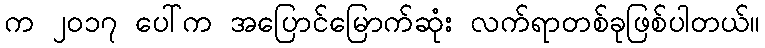
က ၂၀၁၇ ပေါ်က အပြောင်မြောက်ဆုံး လက်ရာတစ်ခုဖြစ်ပါတယ်။